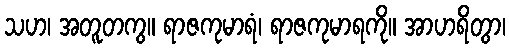
သဟ၊ အတူတကွ။ ရာဇကုမာရံ၊ ရာဇကုမာရကို။ အာဟရိတွာ၊